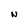
Character: N